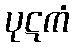
ပုဋကံ